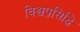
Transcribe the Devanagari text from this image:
विश्वप्रसिद्धि